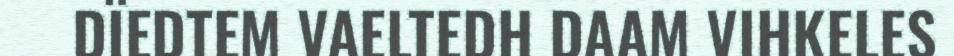
DÏEDTEM VAELTEDH DAAM VIHKELES